Vaccination in the Punjab 1897-1904 - 1897-1904
Year: 1897
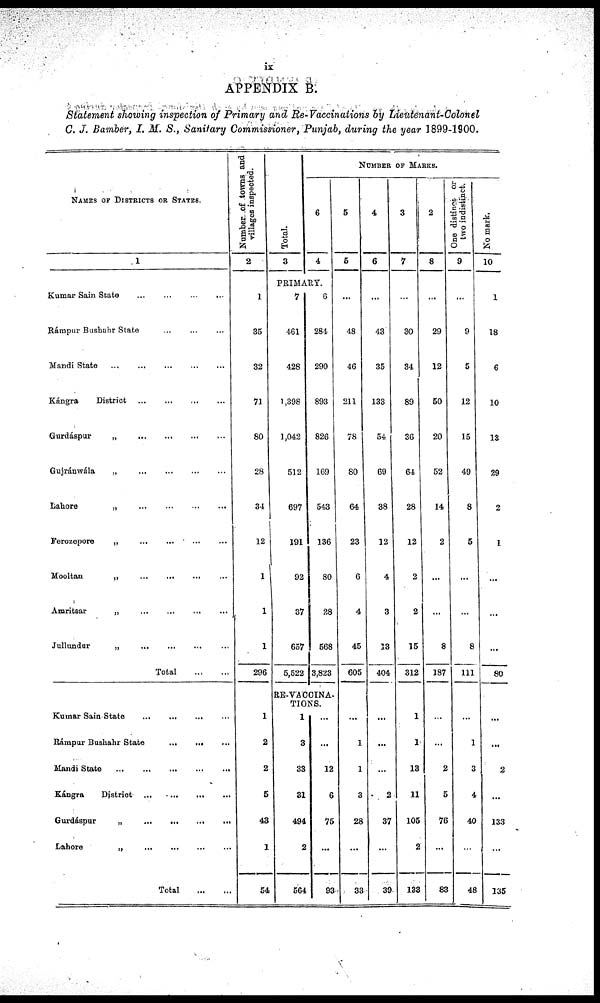
ix
APPENDIX B.
Statement showing inspection of Primary and Re-Vaccinations by Lieutenant-Colonel
C. J. Bamber, I. M. S., Sanitary Commissioner, Punjab, during the year 1899-1900.
NAMES OF DISTRICTS OR STATES.
1
Kumar Sain State ... ... ... ...
Rámpur Busbahr State ... ... ...
Mandi State
...
...
...
...
...
Kángra
District
...
...
...
...
Gurdáspur
„
...
...
...
...
Gujránwála
„ ... ... ... ...
Lahore
„
...
...
...
...
Ferozepore
„ ... ... ... ...
Mooltan
„
...
...
...
...
Amritsar
„
...
...
...
...
Jullundur
„ ... ... ... ...
Total
...
...
Kumar Sain State
...
...
...
...
Rámpur Bushahr State
...
...
...
Mandi State
...
...
...
...
...
Kángra
District
...
...
...
...
Gurdáspur
„
...
...
...
...
Lahore
„
...
...
...
...
Total
...
...
Number of towns and
villages inspected.
2
1
35
32
71
80
28
34
12
1
1
1
296
1
2
2
5
48
1
54
Total.
3
NUMBER OF MARKS.
6
4
PRIMARY.
7
461
428
1,398
1,042
512
697
191
92
37
657
5,522
6
284
290
893
826
169
643
136
80
28
568
3,823
RE-VACCINA¬
TIONS.
1
3
33
31
494
2
564
...
...
12
6
75
...
93
5
6
...
48
46
211
78
80
64
23
6
4
45
605
...
1
1
3
28
...
33
4
6
...
43
35
133
54
69
38
12
4
3
13
404
...
...
...
2
37
39
3
7
...
30
34
89
36
64
28
12
2
2
15
312
1
1
18
11
106
2
138
2
8
...
29
12
60
20
52
14
2
...
...
8
187
...
...
2
6
76
...
83
One distinct or
two indistinct.
9
...
9
6
12
15
49
8
5
...
...
8
111
...
1
3
4
40
...
48
No mark.
10
1
18
6
10
13
29
2
1
...
...
...
80
...
...
2
...
133
...
135